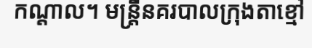
កណ្តាល។ មន្ត្រីនគរបាលក្រុងតាខ្មៅ